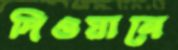
দিওয়ানে